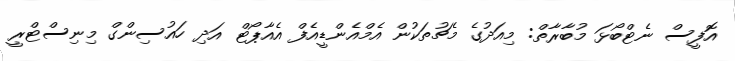
އޮފީސް ނެޓްބޯޅަ މުބާރާތް: މިއަދުގެ މެޗުތަކުން އެމްއެންޑީއެފް އެއާޕޯޓް އަދި ހައުސިންގް މިނިސްޓްރީ